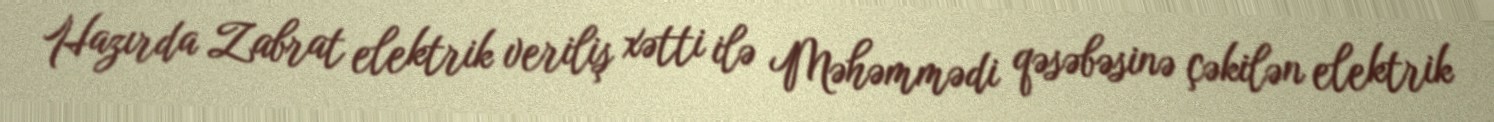
Hazırda Zabrat elektrik veriliş xətti ilə Məhəmmədi qəsəbəsinə çəkilən elektrik